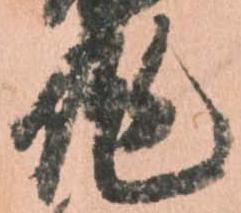
作